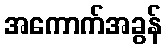
အကောက်အခွန်